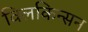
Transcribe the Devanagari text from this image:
विलकिन्सन